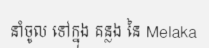
នាំចូល ទៅក្នុង គន្លង នៃ Melaka